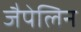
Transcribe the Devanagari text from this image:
जैपेलिन